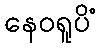
နေဝရူပိံ